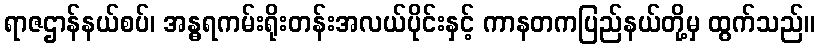
ရာဇဌာန်နယ်စပ်၊ အန္ဓရကမ်းရိုးတန်းအလယ်ပိုင်းနှင့် ကာနတကပြည်နယ်တို့မှ ထွက်သည်။